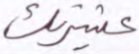
عشيرتك